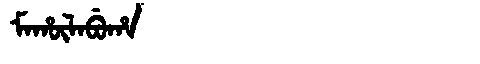
Manchu: ᠮᠠᡥᡡᠯᠠᠪᡠᡥᠠ
Romanization: MAHŪLABUHA